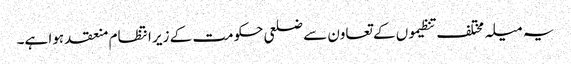
یہ میلہ مختلف تنظیموں کے تعاون سے ضلعی حکومت کے زیر انتظام منعقد ہوا ہے۔